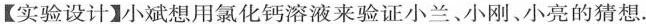
【实验设计】小斌想用氯化钙溶液来验证小兰、小刚、小亮的猜想.